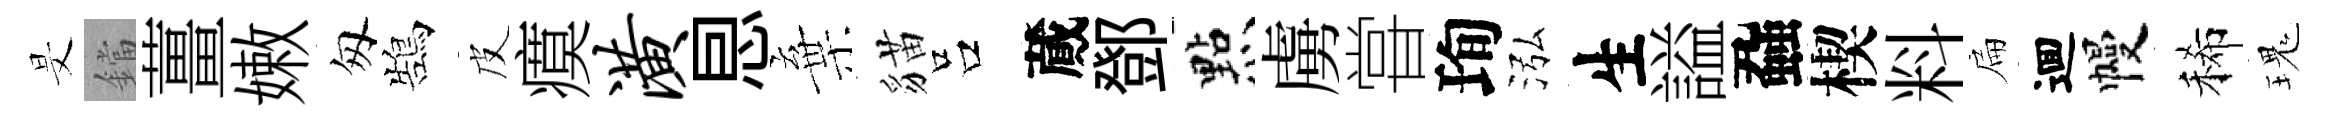
旻鐺薑嫩匆鵠皮瘼潢㤙棄貓吕蕆鄧㸃虜甞珣泓生謚蝨楔料扁逥幔稀瑰